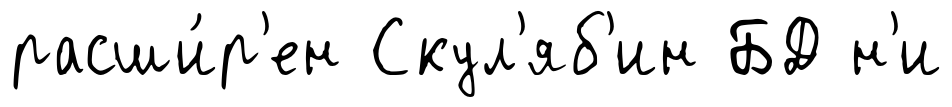
расши́р'ен Скул'яб'ин БД н'и